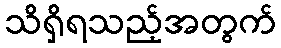
သိရှိရသည့်အတွက်